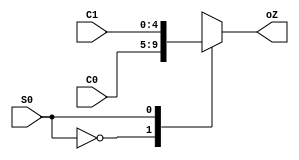
///////////////////////////////////////////////////////////////////////////////
// Type: Module
// Project: MIPS Pipeline CPU 54 Instructions
// Description: MUX 
//
///////////////////////////////////////////////////////////////////////////////
`timescale 1ns / 1ns

module mux_2_5(
    input [4:0] C0,
    input [4:0] C1,
    input S0,
    output reg [4:0] oZ
    );

    always @ (C0 or C1 or S0) begin
        case(S0)
            1'b0: oZ <= C0;
            1'b1: oZ <= C1;
        endcase
   end
   
endmodule